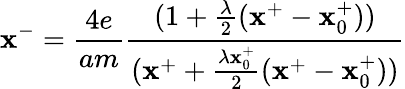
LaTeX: \mathbf{x}^{-}={\frac{{4e}}{{am}}}{\frac{{(1+{\frac{{\lambda}}{{2}}}(\mathbf{x}^{+}-\mathbf{x}_{0}^{+}))}}{{(\mathbf{x}^{+}+{\frac{{\lambda\mathbf{x}_{0}^{+}}}{{2}}}(\mathbf{x}^{+}-\mathbf{x}_{0}^{+}))}}}